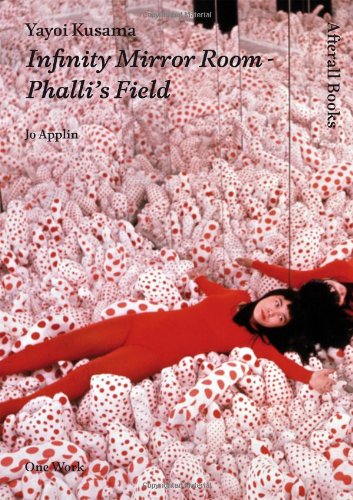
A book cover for Yayoi Kusama: Infinity Mirror Room - Phalli's Field (AFTERALL); Jo Applin; Arts & Photography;